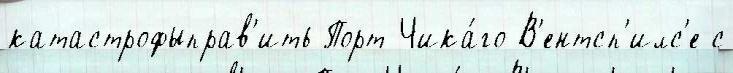
катастрофыправ'ить Порт-Чика́го В'ентсп'илс'е с